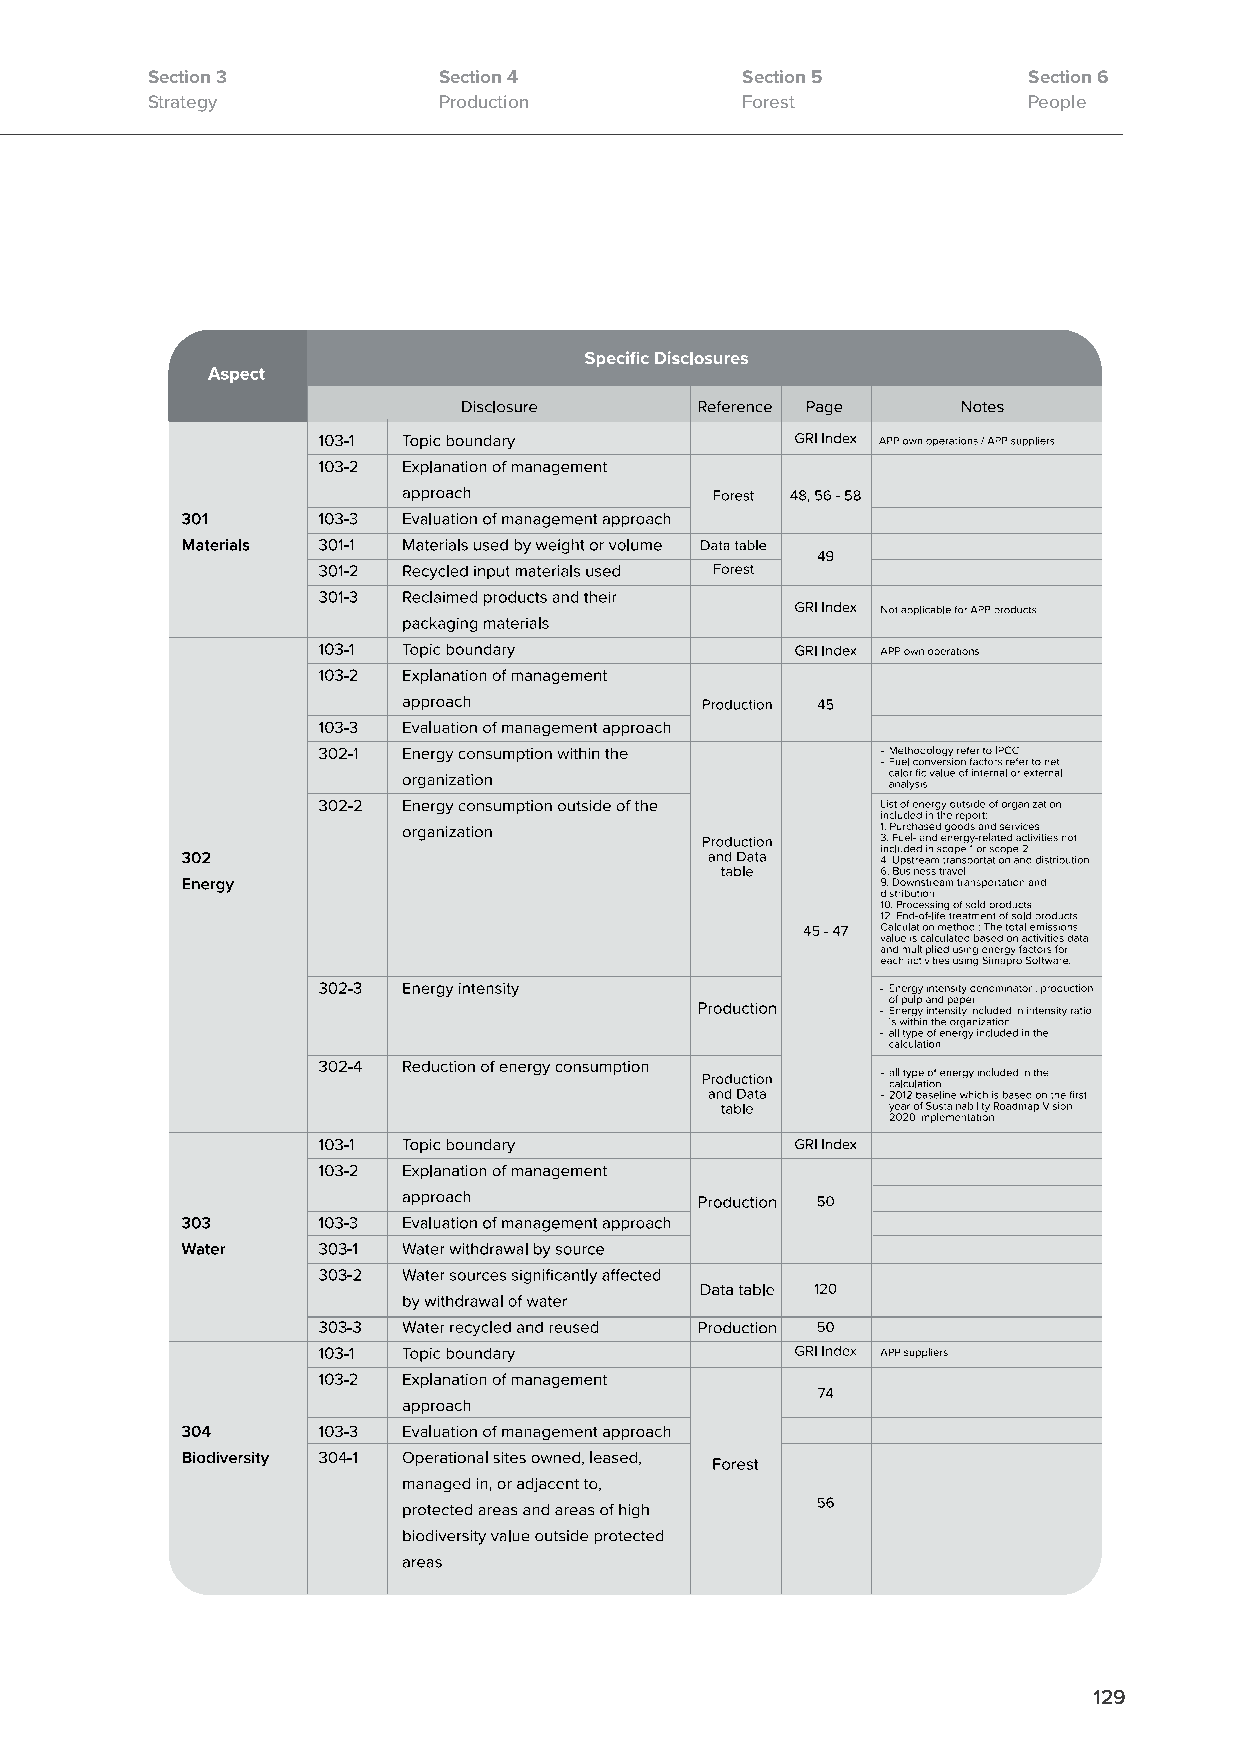
Section 3          Section 4           Section 5          Section 6
 Strategy           Production          Forest             People
 129